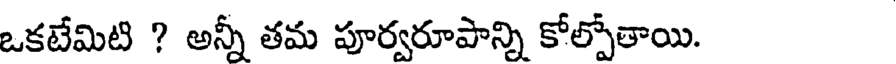
ఒకటేమిటి ? అన్నీ తమ పూర్వరూపాన్ని కోల్పోతాయి.